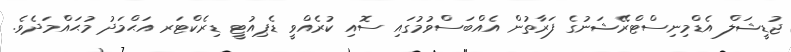
ޖުޑީޝަލް އެޑްމިނިސްޓްރޭޝަނުގެ ފަރާތުން އެއްބަސްވުމުގައި ސޮއި ކުރެއްވީ ޑެޕިއުޓީ ޑިރެކްޓަރ އަޙްމަދު މުޙައްމަދެވެ.